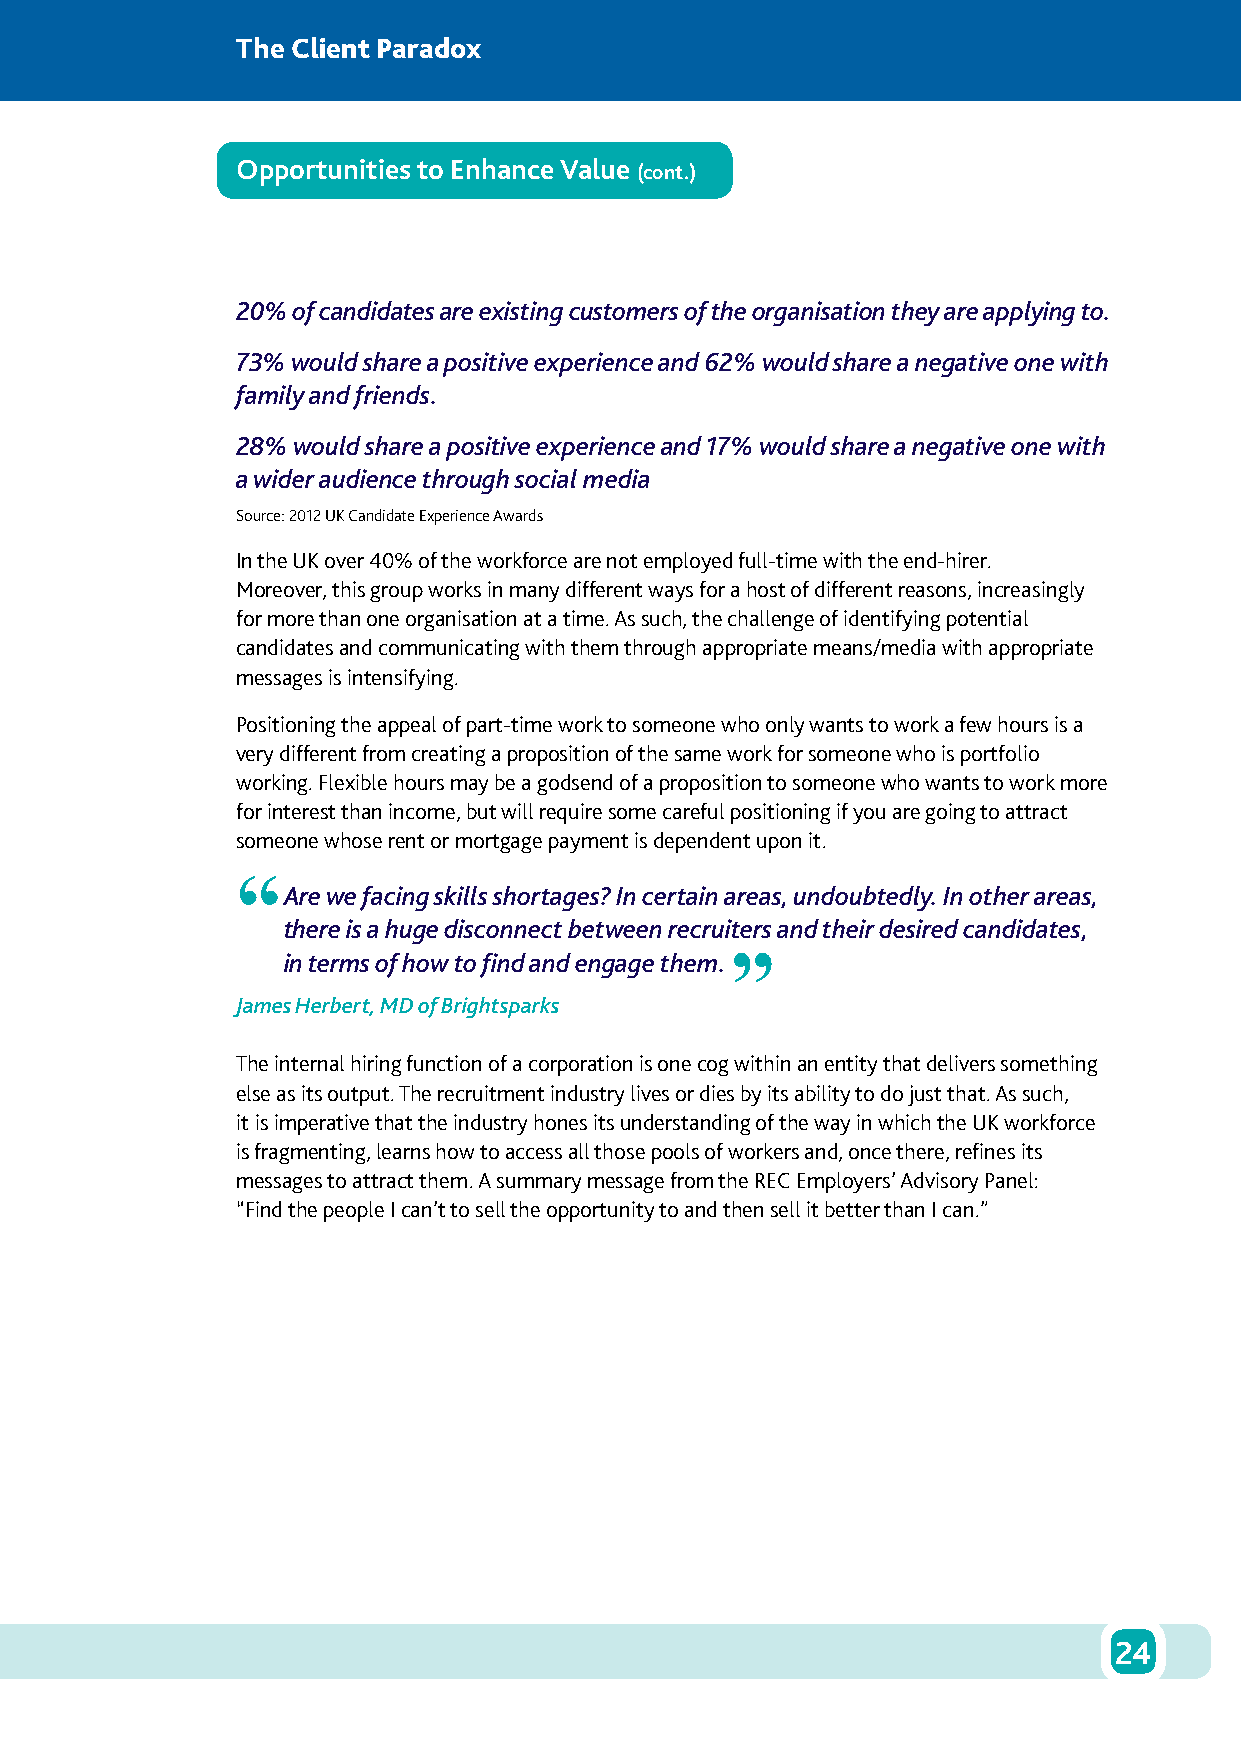
The Client Paradox
 Opportunities to Enhance Value
 (cont.)
 20% of candidates are existing customers of the organisation they are applying to.
 73% would share a positive experience and 62% would share a negative one with
 family and friends.
 28% would share a positive experience and 17% would share a negative one with
 a wider audience through social media
 Source: 2012 UK Candidate Experience Awards
 In the UK over 40% of the workforce are not employed full-time with the end-hirer.
 Moreover, this group works in many different ways for a host of different reasons, increasingly
 for more than one organisation at a time. As such, the challenge of identifying potential
 candidates and communicating with them through appropriate means/media with appropriate
 messages is intensifying.
 Positioning the appeal of part-time work to someone who only wants to work a few hours is a
 very different from creating a proposition of the same work for someone who is portfolio
 working. Flexible hours may be a godsend of a proposition to someone who wants to work more
 for interest than income, but will require some careful positioning if you are going to attract
 someone whose rent or mortgage payment is dependent upon it.
 “
 Are we facing skills shortages? In certain areas, undoubtedly. In other areas,
 there is a huge disconnect between recruiters and their desired candidates,
 in terms of how to find and engage them. ”
 James Herbert, MD of Brightsparks
 The internal hiring function of a corporation is one cog within an entity that delivers something
 else as its output. The recruitment industry lives or dies by its ability to do just that. As such,
 it is imperative that the industry hones its understanding of the way in which the UK workforce
 is fragmenting, learns how to access all those pools of workers and, once there, refines its
 messages to attract them. A summary message from the REC Employers’ Advisory Panel:
 “Find the people I can’t to sell the opportunity to and then sell it better than I can.”
 24